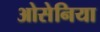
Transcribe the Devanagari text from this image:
ओसेनिया